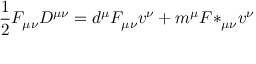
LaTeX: { \frac { 1 } { 2 } } F _ { \mu \nu } D ^ { \mu \nu } = d ^ { \mu } F _ { \mu \nu } v ^ { \nu } + m ^ { \mu } { F * } _ { \mu \nu } v ^ { \nu }